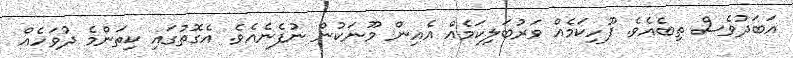
އަބަދުވެސް ތިބެއެވެ. ފޫހިކަމެއް ވަރުބަލިކަމެއް އެއިން މޫނަކުން ނުފެނެއެވެ. އެގޮތުގައި ކިތަންމެ ދުވަހެއް